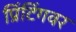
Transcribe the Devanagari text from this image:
प्रिंटिंगवर